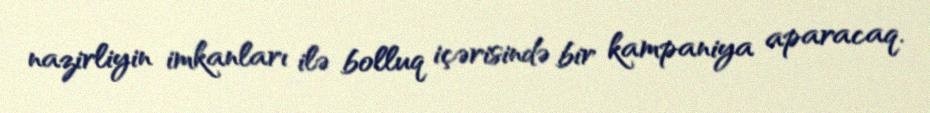
nazirliyin imkanları ilə bolluq içərisində bir kampaniya aparacaq.